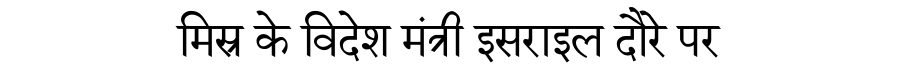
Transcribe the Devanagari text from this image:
मिस्र के विदेश मंत्री इसराइल दौरे पर